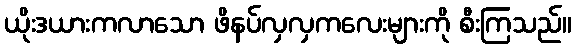
ယိုးဒယားကလာသော ဖိနပ်လှလှကလေးများကို စီးကြသည်။